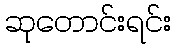
ဆုတောင်းရင်း